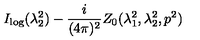
I _ { \log } ( \lambda _ { 2 } ^ { 2 } ) - \frac { i } { ( 4 \pi ) ^ { 2 } } Z _ { 0 } ( \lambda _ { 1 } ^ { 2 } , \lambda _ { 2 } ^ { 2 } , p ^ { 2 } )